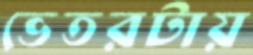
ভেতরটায়